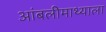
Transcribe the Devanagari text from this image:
आंबलीमाथ्याला